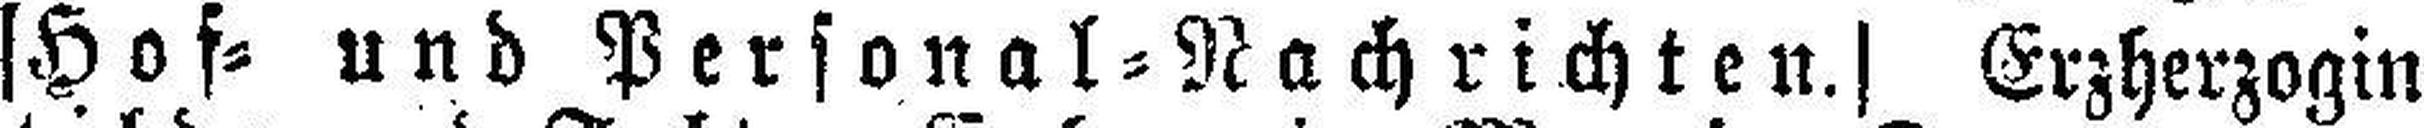
|Hof= und Personal=Nachrichten.| Erzherzogin